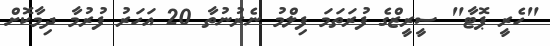
"ހެރީ ޕޮޓާ" ސީރީޒްގެ ފުރަތަމަ ފިލްމު ނެރުނުތާ 20 އަހަރު ފުރުމާ ދިމާކޮށް